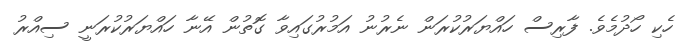
ހެކި ހޯދުމެވެ. ފާރިސް ހައްޔަރުކުރަން ނެރުނު އަމުރުގައިވާ ގޮތުން އޭނާ ހައްޔަރުކުރަނީ ސިއްރު